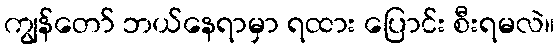
ကျွန်တော် ဘယ်နေရာမှာ ရထား ပြောင်း စီးရမလဲ။